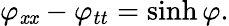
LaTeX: \varphi_{\mathit{x}\mathit{x}}-\varphi_{tt}=\sinh\varphi.